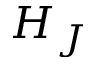
H _ { J }